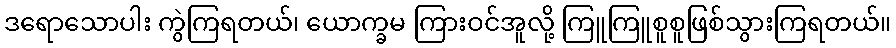
ဒရောသောပါး ကွဲကြရတယ်၊ ယောက္ခမ ကြားဝင်အူလို့ ကြူကြူစူစူဖြစ်သွားကြရတယ်။